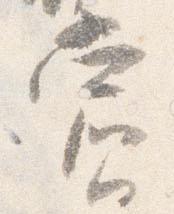
賞